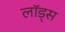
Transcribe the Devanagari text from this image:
लॉड्स